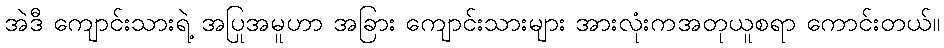
အဲဒီ ကျောင်းသားရဲ့ အပြုအမူဟာ အခြား ကျောင်းသားများ အားလုံးကအတုယူစရာ ကောင်းတယ်။